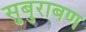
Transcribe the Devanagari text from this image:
सुबुराबण